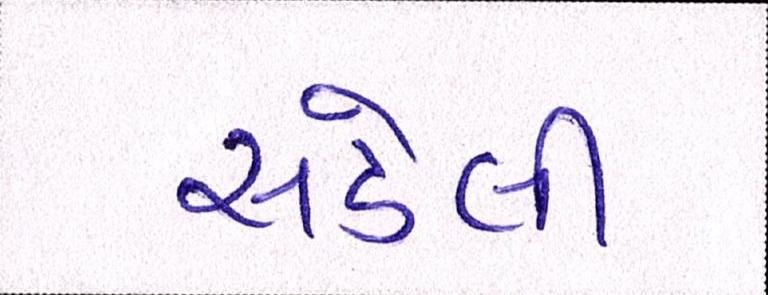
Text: સડેલી